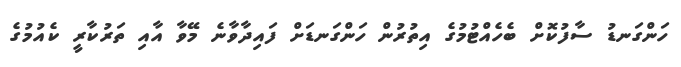
ހަންގަނޑު ސާފުކޮށް ބެހެއްޓުމުގެ އިތުރުން ހަންގަނޑަށް ފައިދާވާނެ މޭވާ އާއި ތަރުކާރީ ކެއުމުގެ